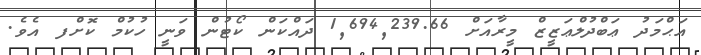
އަޙްމަދު ޢަބްދުލްޢަޒީޒް މީރާއަށް 1